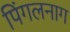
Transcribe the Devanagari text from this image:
पिंगलनाग